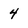
Character: 4